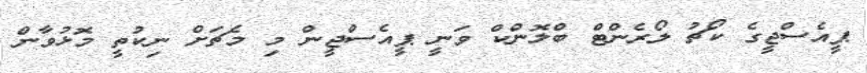
ޕީއެސްޖީގެ ކޯޗު ލޯރެންޓް ބްލޮންކް ވަނީ ޕީއެސްޖީން މި މެޗަށް ނިކުތީ މޮޅުވާން